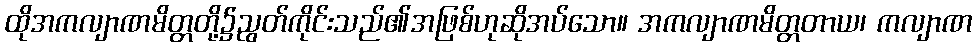
ထိုအကလျာဏမိတ္တတို့၌ညွတ်ကိုင်းသည်၏အဖြစ်ဟုဆိုအပ်သော။ အကလျာဏမိတ္တတာယ၊ ကလျာဏ